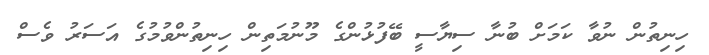
ހިނިތުން ނުވާ ކަމަށް ބުނާ ސިޔާސީ ބޭފުޅުންގެ މޫނުމަތިން ހިނިތުންވުމުގެ އަސަރު ވެސް